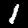
Label: 1